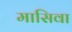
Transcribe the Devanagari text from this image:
मासिवा